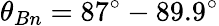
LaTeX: \theta_{Bn}=87^{\circ}-89.9^{\circ}